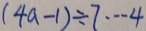
( 4 a - 1 ) \div 7 \cdots 4